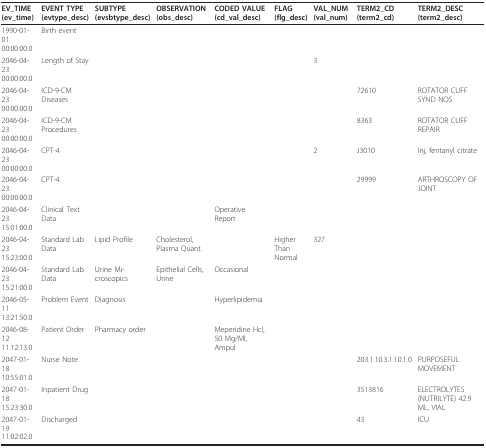
<table><thead><tr><td><b>EV_TIME (ev_time)</b></td><td><b>EVENT TYPE (evtype_desc)</b></td><td><b>SUBTYPE (evsbtype_desc)</b></td><td><b>OBSERVATION (obs_desc)</b></td><td><b>CODED VALUE (cd_val_desc)</b></td><td><b>FLAG (flg_desc)</b></td><td><b>VAL_NUM (val_num)</b></td><td><b>TERM2_CD (term2_cd)</b></td><td><b>TERM2_DESC (term2_desc)</b></td></tr></thead><tbody><tr><td>1990-01-01 00:00:00.0</td><td>Birth event</td><td></td><td></td><td></td><td></td><td></td><td></td><td></td></tr><tr><td>2046-04-23 00:00:00.0</td><td>Length of Stay</td><td></td><td></td><td></td><td></td><td>3</td><td></td><td></td></tr><tr><td>2046-04-23 00:00:00.0</td><td>ICD-9-CM Diseases</td><td></td><td></td><td></td><td></td><td></td><td>72610</td><td>ROTATOR CUFF SYND NOS</td></tr><tr><td>2046-04-23 00:00:00.0</td><td>ICD-9-CM Procedures</td><td></td><td></td><td></td><td></td><td></td><td>8363</td><td>ROTATOR CUFF REPAIR</td></tr><tr><td>2046-04-23 00:00:00.0</td><td>CPT-4</td><td></td><td></td><td></td><td></td><td>2</td><td>J3010</td><td>Inj, fentanyl citrate</td></tr><tr><td>2046-04-23 00:00:00.0</td><td>CPT-4</td><td></td><td></td><td></td><td></td><td></td><td>29999</td><td>ARTHROSCOPY OF JOINT</td></tr><tr><td>2046-04-23 15:01:00.0</td><td>Clinical Text Data</td><td></td><td></td><td>Operative Report</td><td></td><td></td><td></td><td></td></tr><tr><td>2046-04-23 15:23:00.0</td><td>Standard Lab Data</td><td>Lipid Profile</td><td>Cholesterol, Plasma Quant.</td><td></td><td>Higher Than Normal</td><td>327</td><td></td><td></td></tr><tr><td>2046-04-23 15:21:00.0</td><td>Standard Lab Data</td><td>Urine Mi-croscopics</td><td>Epithelial Cells, Urine</td><td>Occasional</td><td></td><td></td><td></td><td></td></tr><tr><td>2046-05-11 13:21:50.0</td><td>Problem Event</td><td>Diagnosis</td><td></td><td>Hyperlipidemia</td><td></td><td></td><td></td><td></td></tr><tr><td>2046-08-12 11:12:13.0</td><td>Patient Order</td><td>Pharmacy order</td><td></td><td>Meperidine Hcl, 50 Mg/Ml, Ampul</td><td></td><td></td><td></td><td></td></tr><tr><td>2047-01-18 10:55:01.0</td><td>Nurse Note</td><td></td><td></td><td></td><td></td><td></td><td>203.1.10.3.1.10.1.0</td><td>PURPOSEFUL MOVEMENT</td></tr><tr><td>2047-01-18 15:23:30.0</td><td>Inpatient Drug</td><td></td><td></td><td></td><td></td><td></td><td>3513816</td><td>ELECTROLYTES (NUTRILYTE) 42.9 ML, VIAL</td></tr><tr><td>2047-01-19 11:02:02.0</td><td>Discharged</td><td></td><td></td><td></td><td></td><td></td><td>43</td><td>ICU</td></tr></tbody></table>